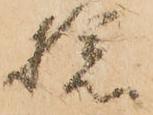
捻